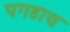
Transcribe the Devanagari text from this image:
पगडाच